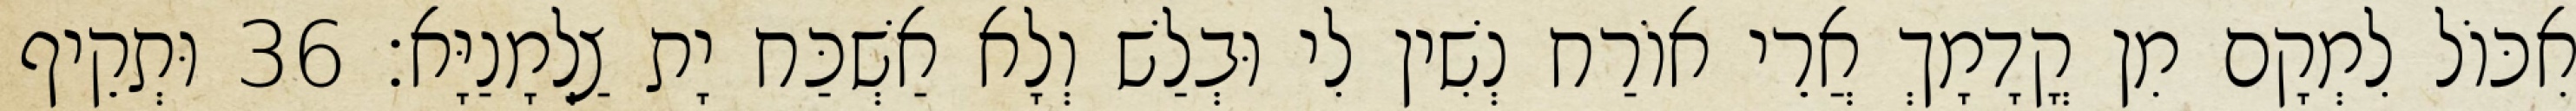
אִכּוֹל לִמְקָם מִן קֳדָמָךְ אֲרֵי אוֹרַח נְשִׁין לִי וּבְלַשׁ וְלָא אַשְׁכַּח יָת צַלְמָנַיָּא׃ 36 וּתְקֵיף